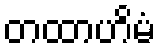
တထာဟိမံ